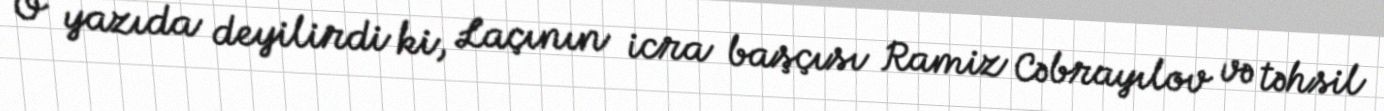
O yazıda deyilirdi ki, Laçının icra başçısı Ramiz Cəbrayılov və təhsil